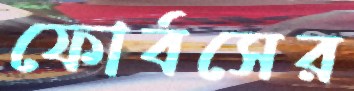
ফোর্বসের